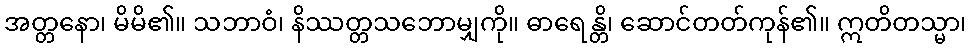
အတ္တနော၊ မိမိ၏။ သဘာဝံ၊ နိဿတ္တသဘောမျှကို။ ဓာရေန္တိ၊ ဆောင်တတ်ကုန်၏။ ဣတိတသ္မာ၊